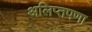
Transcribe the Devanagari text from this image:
अलिप्तपणा